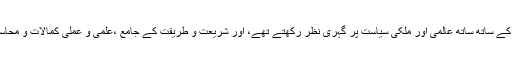
آپ ترویج و تبلیغ دین کے ساتھ ساتھ عالمی اور ملکی سیاست پر گہری نظر رکھتے تھے، اور شریعت و طریقت کے جامع ،علمی و عملی کمالات و محاسن سے مالا مال تھے۔